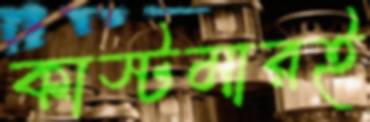
কাস্টমারই